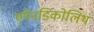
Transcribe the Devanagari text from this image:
एपेनडिकोलिथ